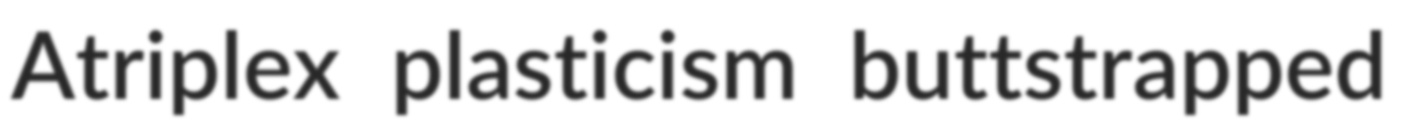
Atriplex plasticism buttstrapped